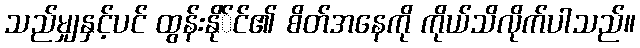
သည်မျှနှင့်ပင် ထွန်းနို်င်၏ စိတ်အနေကို ကိုယ်သိလိုက်ပါသည်။